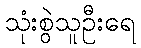
သုံးစွဲသူဦးရေ